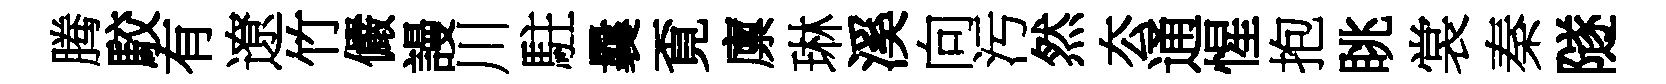
腾駮有遼竹儼謾川駐曩覔廪琳溪向污然厺通惺抱眺裳秦隧